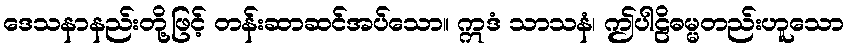
ဒေသနာနည်းတို့ဖြင့် တန်းဆာဆင်အပ်သော။ ဣဒံ သာသနံ၊ ဤပါဠိဓမ္မတည်းဟူသော